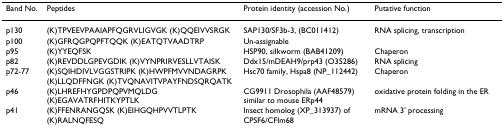
<table><thead><tr><td><b>Band No.</b></td><td><b>Peptides</b></td><td><b>Protein identity (accession No.)</b></td><td><b>Putative function</b></td></tr></thead><tbody><tr><td>p130</td><td>(K)TPVEEVPAAIAPFQGRVLIGVGK (K)QQEIVVSRGK</td><td>SAP130/SF3b-3, (BC011412)</td><td>RNA splicing, transcription</td></tr><tr><td>p100</td><td>(K)GFRQGPQPFTQQK (K)EATQTVAADTRP</td><td>Un-assignable</td><td></td></tr><tr><td>p95</td><td>(K)YYEQFSK</td><td>HSP90, silkworm (BAB41209)</td><td>Chaperon</td></tr><tr><td>p82</td><td>(K)REVDDLGPEVGDIK (K)VYNPRIRVESLLVTAISK</td><td>Ddx15/mDEAH9/prp43 (O35286)</td><td>RNA splicing</td></tr><tr><td>p72-77</td><td>(K)SQIHDIVLVGGSTRIPK (K)HWPFMVVNDAGRPK (K)LLQDFFNGK (K)TVQNAVITVPAYFNDSQRQATK</td><td>Hsc70 family, Hspa8 (NP_112442)</td><td>Chaperon</td></tr><tr><td>p46</td><td>(K)LHREFHYGPDPQPVMQLDG (K)EGAVATRFHITKYPTLK</td><td>CG9911 Drosophila (AAF48579) similar to mouse ERp44</td><td>oxidative protein folding in the ER</td></tr><tr><td>p41</td><td>(K)FFENRANGQSK (K)EIHGQHPVVTLPTK (K)RALNQFESQ</td><td>Insect homolog (XP_313937) of CPSF6/CFIm68</td><td>mRNA 3&#x27; processing</td></tr></tbody></table>